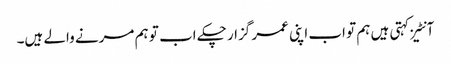
آنٹیز کہتی ہیں ہم تو اب اپنی عمر گزار چکے اب تو ہم مرنے والے ہیں۔